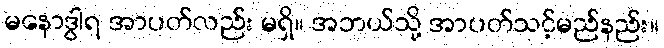
မနောဒွါရ အာပတ်လည်း မရှိ။ အဘယ်သို့ အာပတ်သင့်မည်နည်း။